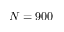
N = 9 0 0